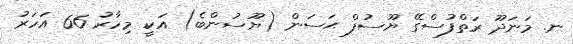
ނ. މަނަދޫ ރަތްފުސްގޭ ޔޫސުފް ޙަސަން (ޔޫސުންބެ) އަކީ މިހާރު 66 އަހަރު